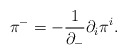
\begin{align*}{\pi}^-=-\frac{1}{{\partial}_-}{\partial}_i{\pi}^i. \end{align*}